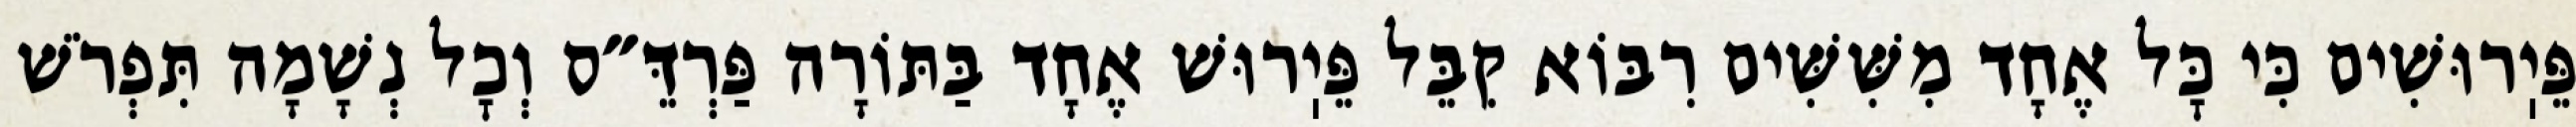
פֵּיֽרוּשִׁים כִּי כׇּל אֶחָד מִשִּׁשִּׁים רִבּוֹא קִבֵּל פֵּיֽרוּשׁ אֶחָד בַּתּוֹרָה פַּרְדֵּ״ס וְכׇל נְשָׁמָה תִּפְרֹשׁ